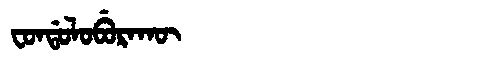
Manchu: ᠸᠣᠨᡩᠣᠯᠣᠪᡠᡵᠠᡴᡡ
Romanization: FONDOLOBURAKŪ